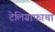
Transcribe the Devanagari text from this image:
टेलिग्राफाचा